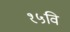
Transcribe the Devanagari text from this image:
१५वि